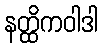
နတ္ထိကဝါဒါ